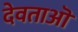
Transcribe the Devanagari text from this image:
देवताऒ